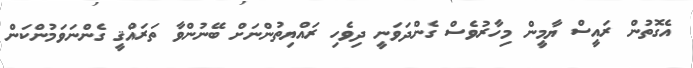
އެގޮތުން ރައީސް ޔާމީން މިހާރުވެސް ގެންދަވަނީ ދިވެހި ރައްޔިތުންނަށް ބޭނުންވާ ތަރައްޤީ ގެންނަވަމުންކަން